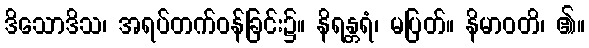
ဒိသောဒိသ၊ အရပ်တက်ဝန်ခြင်း၌။ နိရန္တရံ၊ မပြတ်။ နိမာဝတိ၊ ၏။